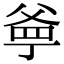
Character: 㸘